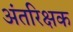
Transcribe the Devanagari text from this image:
अंतरिक्षक